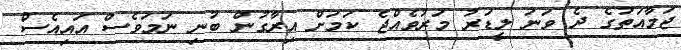
ޖަމާއަތުގެ ދެ ވަނަ ލީޑަރު މަރުވެއްޖެ ކަމަށް އިރާގުން ބުނި ނަމަވެސް އައިއެސް